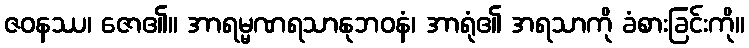
ဇဝနဿ၊ ဇော၏။ အာရမ္မဏရသာနုဘဝနံ၊ အာရုံ၏ အရသာကို ခံစားခြင်းကို။